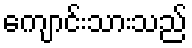
ကျောင်းသားသည်